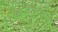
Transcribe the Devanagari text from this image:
सहजसूंदरपणे